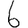
Digit: 6